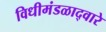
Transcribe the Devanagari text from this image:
विधीमंडळाद्वारे